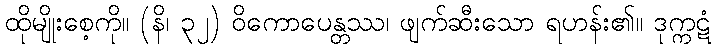
ထိုမျိုးစေ့ကို။ (နိ၊ ၃၂) ဝိကောပေန္တဿ၊ ဖျက်ဆီးသော ရဟန်း၏။ ဒုက္ကဋံ